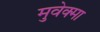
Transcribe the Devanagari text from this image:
मुवेक्मा